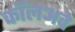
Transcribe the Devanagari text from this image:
कॉलअवे